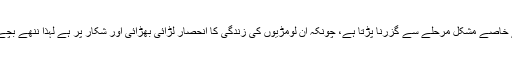
سردیوں کے موسم میں ان لومڑیوں کو شکار کے لیے خاصے مشکل مرحلے سے گزرنا پڑتا ہے، چونکہ ان لومڑیوں کی زندگی کا انحصار لڑائی بھڑائی اور شکار پر ہے لہٰذا ننھے بچے بچپن سے ہی اس کی تربیت پانا شروع کردیتے ہیں۔